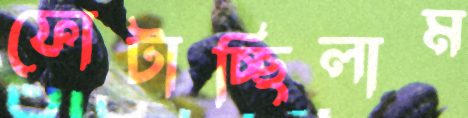
ফোটাচ্ছিলাম